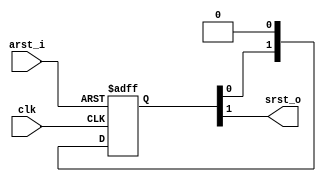
module rst_sync (
    input       clk     ,
    input       arst_i  ,
    output      srst_o
);

reg     [1:0]   rst_sync;

always @ (posedge clk or negedge arst_i)
    if(~arst_i)
        rst_sync <= 2'b11;
    else
        rst_sync <= {rst_sync[0], 1'b0};

assign srst_o = rst_sync[1];

endmodule